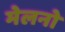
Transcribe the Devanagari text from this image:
मेलनो